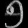
Digit: ၅